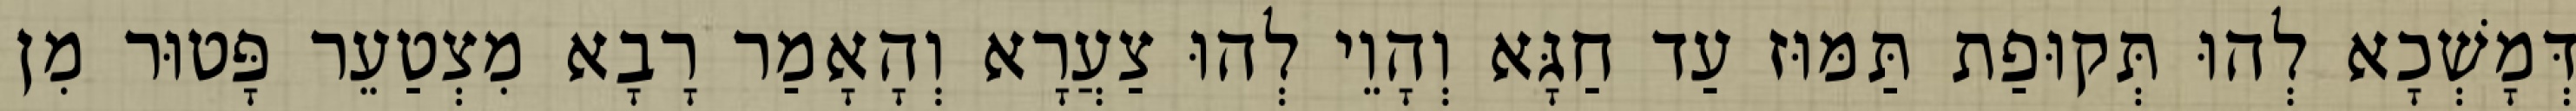
דְּמָשְׁכָא לְהוּ תְּקוּפַת תַּמּוּז עַד חַגָּא וְהָוֵי לְהוּ צַעֲרָא וְהָאָמַר רָבָא מִצְטַעֵר פָּטוּר מִן